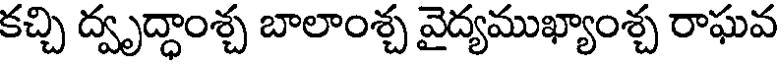
కచ్చి ద్వృద్ధాంశ్చ బాలాంశ్చ వైద్యముఖ్యాంశ్చ రాఘవ